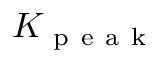
K _ { \mathrm { ~ p ~ e ~ a ~ k ~ } }